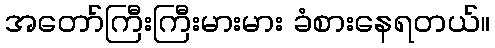
အတော်ကြီးကြီးမားမား ခံစားနေရတယ်။